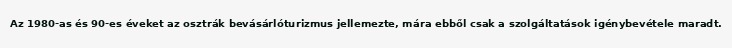
Az 1980-as és 90-es éveket az osztrák bevásárlóturizmus jellemezte, mára ebből csak a szolgáltatások igénybevétele maradt.